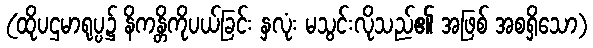
(ထိုပဌမာရုပ္ပ၌ နိကန္တိကိုပယ်ခြင်း နှလုံး မသွင်းလိုသည်၏ အဖြစ် အစရှိသော)